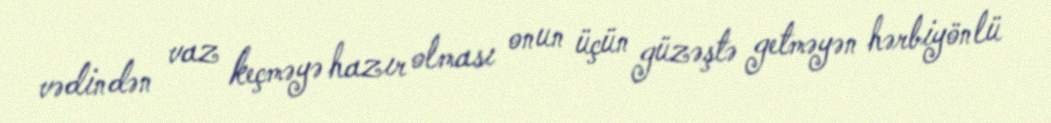
vədindən vaz keçməyə hazır olması onun üçün güzəştə getməyən hərbiyönlü